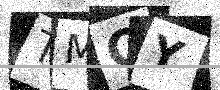
Text: TMOY